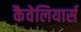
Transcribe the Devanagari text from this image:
कैवेलियार्स